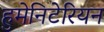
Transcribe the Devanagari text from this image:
हुमेनिटेरियन